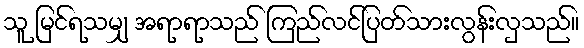
သူ မြင်ရသမျှ အရာရာသည် ကြည်လင်ပြတ်သားလွန်းလှသည်။